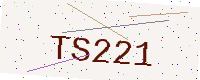
Text: TS221